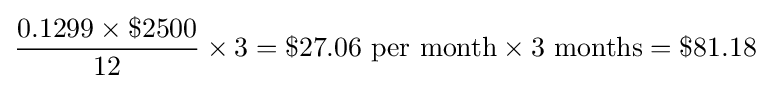
{\frac {0.1299\times \$2500}{12}}\times 3=\$27.06{\text{ per month}}\times 3{\text{ months}}=\$81.18